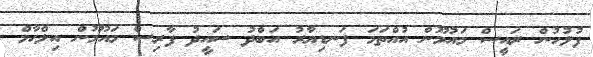
ފުލުހުން ރައީސް މައުމޫން އުއްތަމަ ފަނޑިޔާރު އަބްދު ސައީދު ފާރިސް މައުމޫން އިލްހާމް